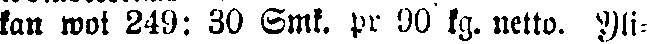
kan woi 249: 30 Smk. pr 90 kg. netto. Yli-